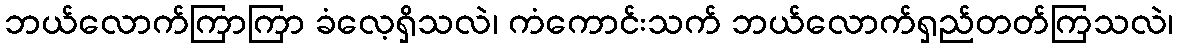
ဘယ်လောက်ကြာကြာ ခံလေ့ရှိသလဲ၊ ကံကောင်းသက် ဘယ်လောက်ရှည်တတ်ကြသလဲ၊